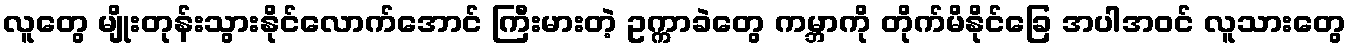
လူတွေ မျိုးတုန်းသွားနိုင်လောက်အောင် ကြီးမားတဲ့ ဥက္ကာခဲတွေ ကမ္ဘာကို တိုက်မိနိုင်ခြေ အပါအဝင် လူသားတွေ